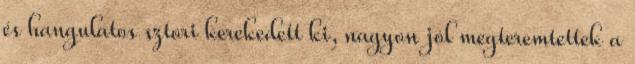
és hangulatos sztori kerekedett ki, nagyon jól megteremtettek a